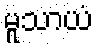
မူသာယံ